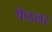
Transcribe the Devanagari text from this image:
फेडलर